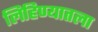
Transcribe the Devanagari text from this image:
लिहिण्यातला